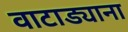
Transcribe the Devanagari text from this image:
वाटाड्याना